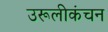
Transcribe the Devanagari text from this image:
उरूलीकंचन